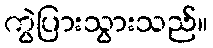
ကွဲပြားသွားသည်။